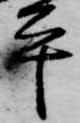
平